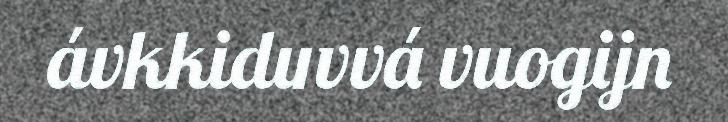
ávkkiduvvá vuogijn